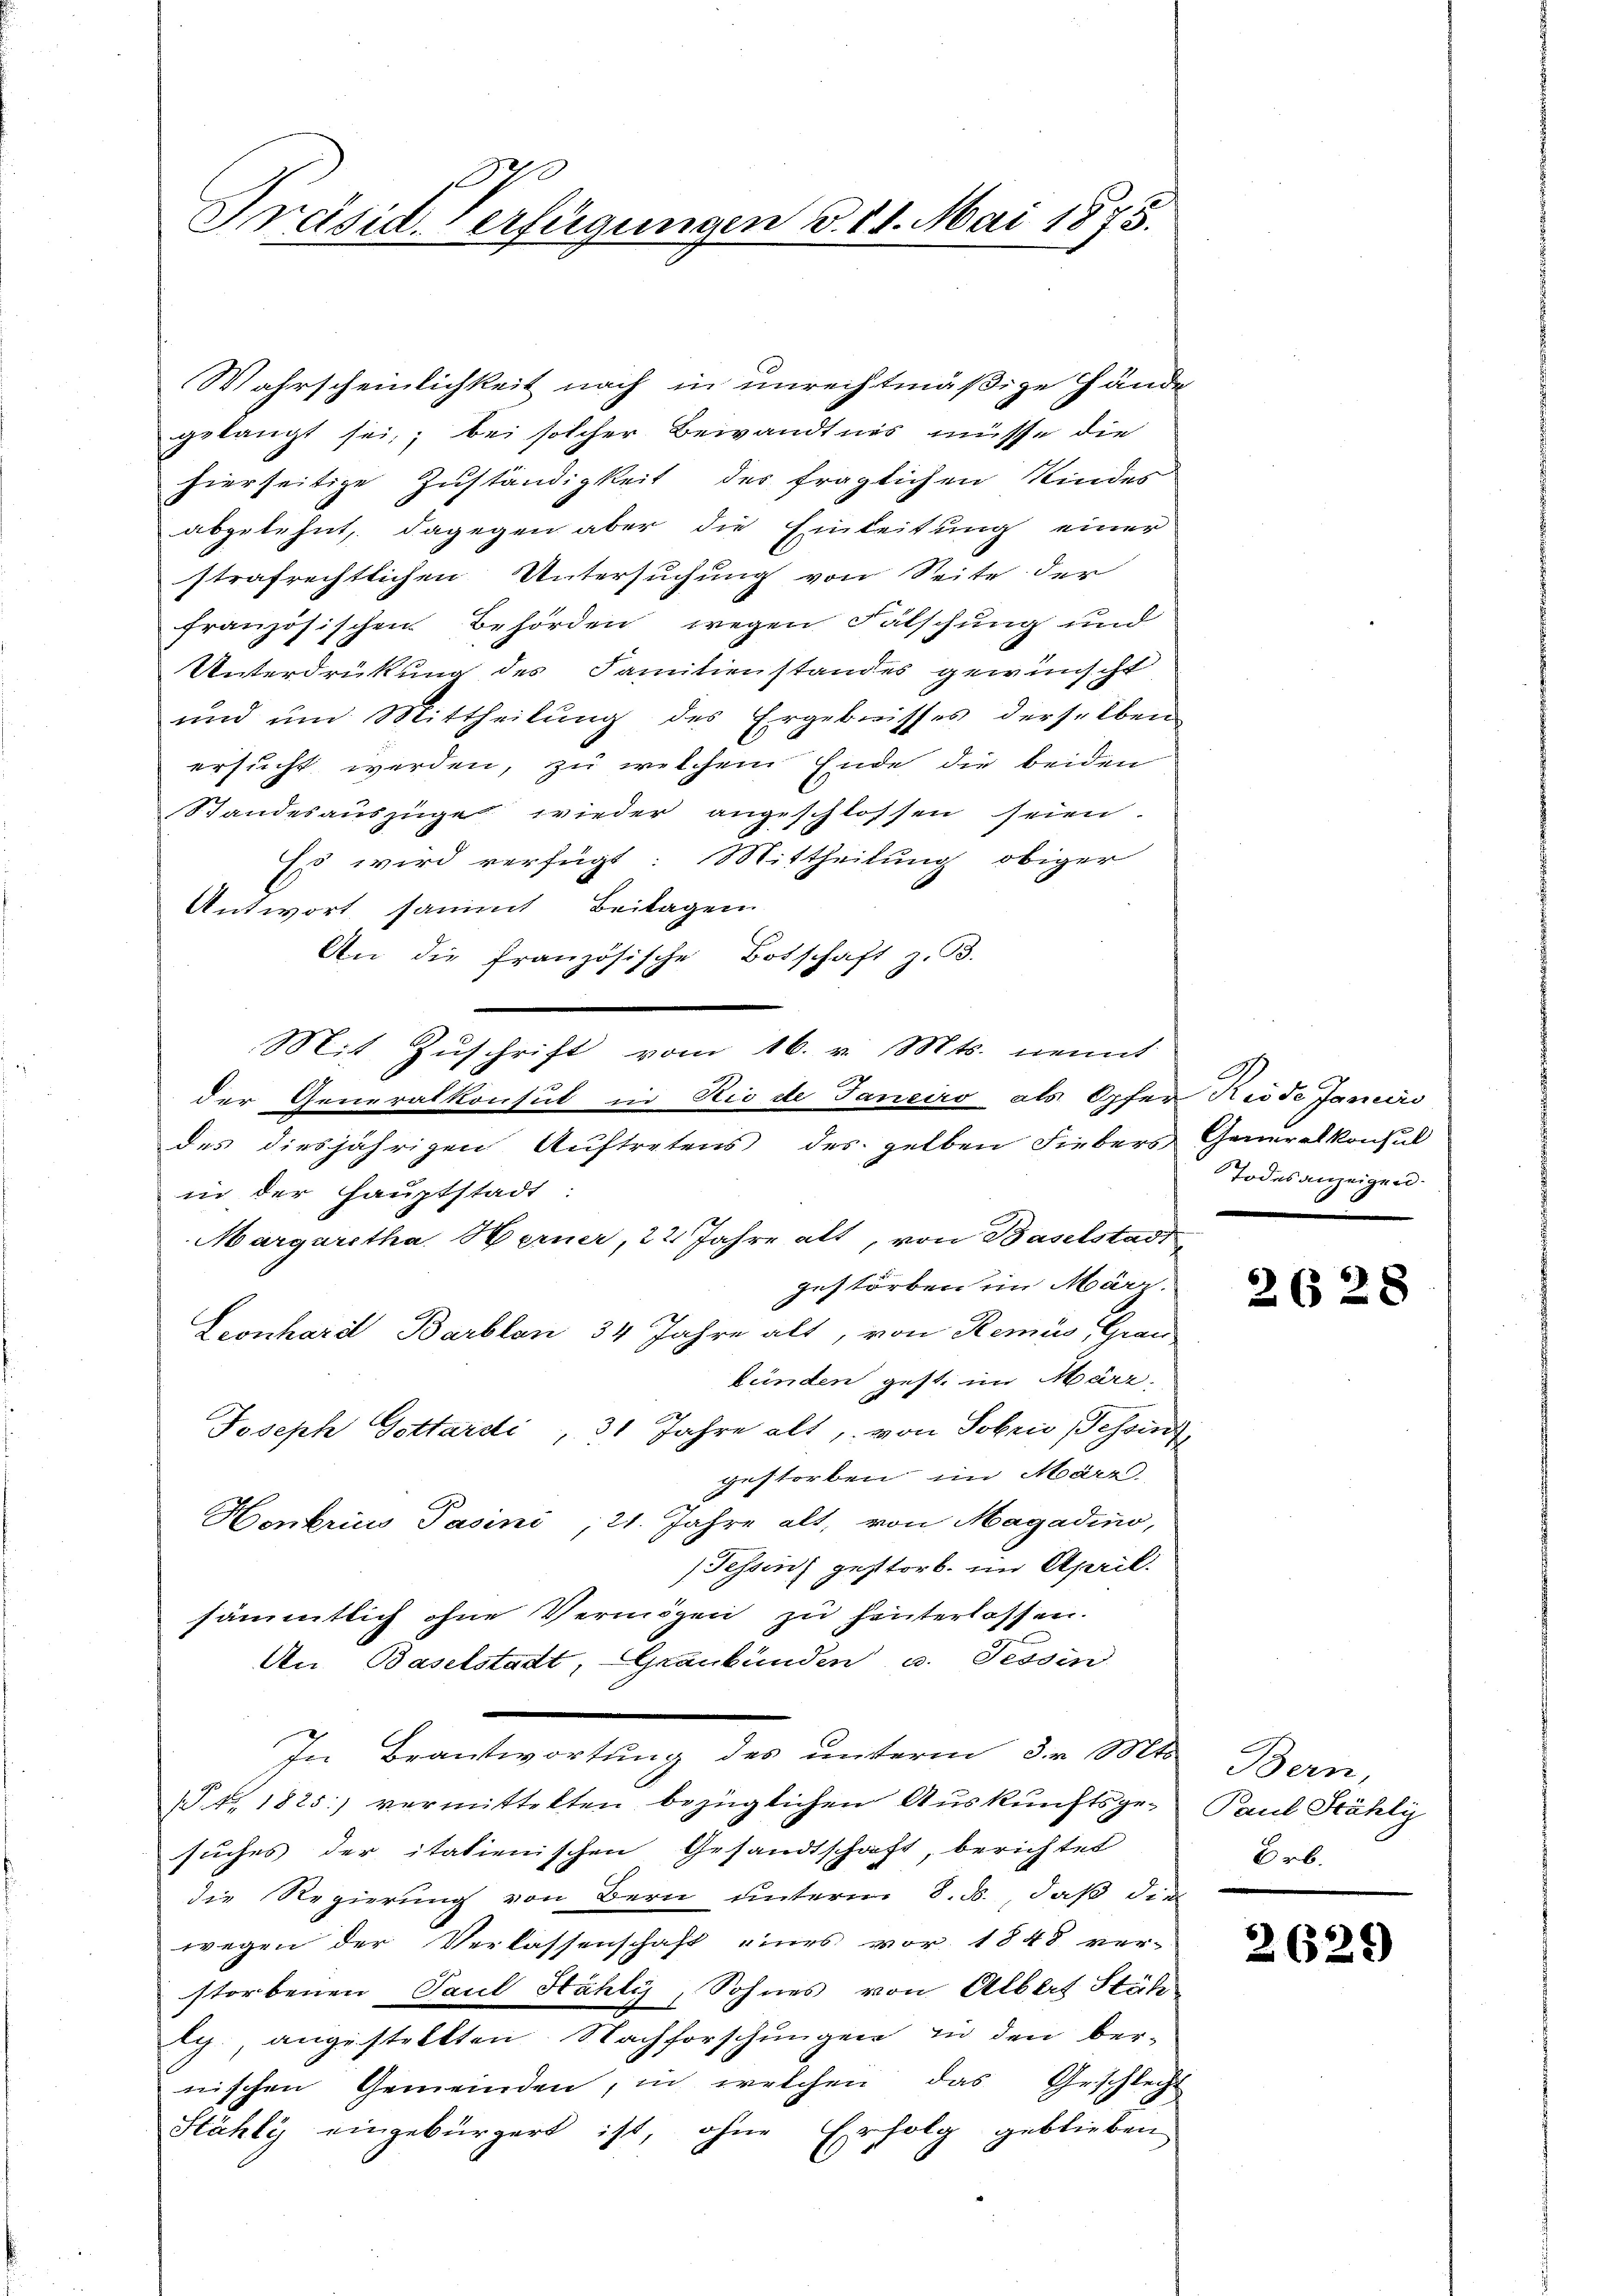
20
Präsid. Verfügungen §. 11. Mai 1875.

An die Französische Botschaft z. B.
Mit Zŭschrift vom 16. v. Mts. nennt
der Generalkonsul in die de Janeiro als Opfer Riode Janicio
des diesjährigen Auftretens des selben Fiebers Generalkonsul
in der Hauptstadt:
Margaretha Herner, 22 Jahre alt, von Baselstadtgestorben im März.
Leonhard Barblen 34 Jahre alt, von Remins, Grau
bünden gest. im März.
Joseph Gottardi, 31 Jahre alt, von Soben Schon
gestorben im März.
Hombrius Pasini, 21. Jahre alt, von Magadino,
Fessen) gestorb. im April.
sämmtlich ohne Vermögen zu hinterlassen.

Wahrscheinlichkeit nach in unrechtmäßige Hände
gelangt sei; bei solcher Bewandtnis müsse die
hierseitige Zuständigkeit der fraglichen Kindes
abgelehnt, dagegen aber die Einleitung einer
strafrechtlichen Untersuchung von Seite der
französischen Behörden wegen Fälschung und
Unterdrückung des Familienstandes gewünscht
und um Mittheilung des Ergebnisses derselben
ersucht werden, zu welchem Ende die beiden
Standesauszüge wieder angeschlossen seien.
Es wird verfügt: Mittheilung obiger
Antwort sammt Beitagen

An Baselstadt, Graubünden u. Tessin

In Beantwortung des unterm 3. r. Mts.

(§. 1. 1825.) vermittelten bezüglichen Auskunftsge-
suches der itatienischen Gesandtschaft, berichtet
die Regierung von Bern unterm 8. ds., daß die
wegen der Verlassenschaft eines vor 1848 ver-
storbenen Paul Hähly, Sohnes von Albert Stüh
lg., angestellten Nachforschungen in den bernischen Gemeinden, in welchen das Geschlecht
Stähly eingebürgert ist, ohne Erfolg geblieben

Todesanzeigen.

262 x

Bern,
Paul Stähli
Brb.

2629